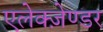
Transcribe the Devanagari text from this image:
एलेक्ज़ेण्डर